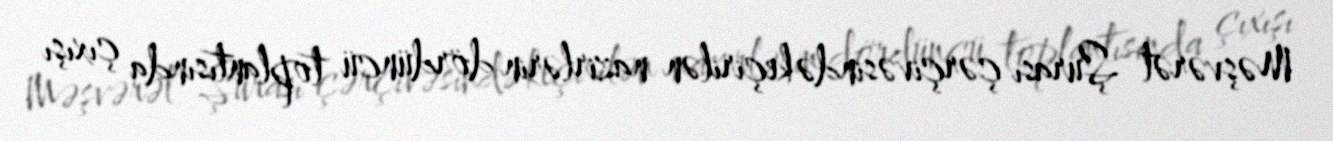
Məşvərət Şurası çərçivəsində keçirilən nazirlərin dördüncü toplantısında çıxışı